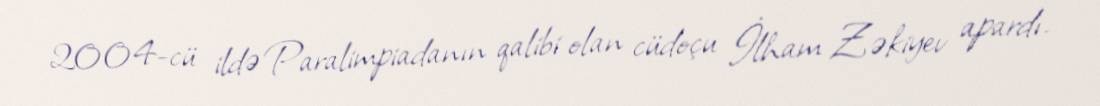
2004-cü ildə Paralimpiadanın qalibi olan cüdoçu İlham Zəkiyev apardı.